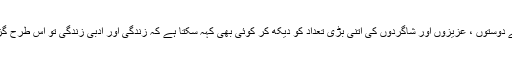
نامور سنگھ کے دوستوں ، عزیزوں اور شاگردوں کی اتنی بڑی تعداد کو دیکھ کر کوئی بھی کہہ سکتا ہے کہ زندگی اور ادبی زندگی تو اس طرح گزاری جاتی ہے۔